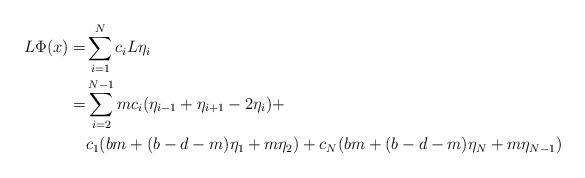
LaTeX: \begin{align*}L\Phi(x)=& \sum_{i=1}^N c_i L \eta_i \\ =& \sum_{i=2}^{N-1} m c_i (\eta_{i-1}+\eta_{i+1}-2\eta_i)+ \\& c_1(bm+(b-d-m)\eta_1+m\eta_2)+c_N(bm+(b-d-m)\eta_N+m\eta_{N-1})\end{align*}